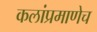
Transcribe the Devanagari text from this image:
कलांप्रमाणेच